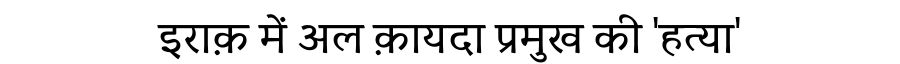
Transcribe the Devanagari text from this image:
इराक़ में अल क़ायदा प्रमुख की 'हत्या'